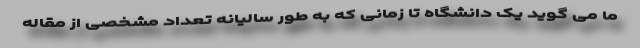
ما می گوید یک دانشگاه تا زمانی که به طور سالیانه تعداد مشخصی از مقاله